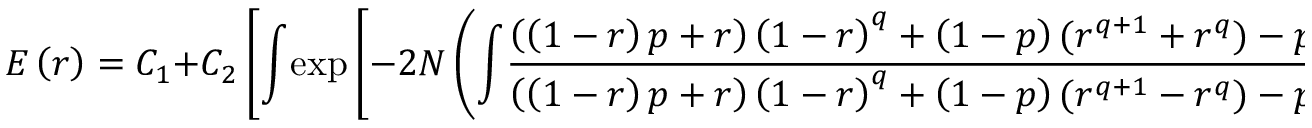
E \left( r \right) = C _ { 1 } + C _ { 2 } \left[ { \int } { \exp } \left[ { - 2 N \left( { \int } \frac { \left( \left( 1 - r \right) p + r \right) \left( 1 - r \right) ^ { q } + \left( 1 - p \right) ( r ^ { q + 1 } + r ^ { q } ) - p \left( 1 - r \right) } { \left( \left( 1 - r \right) p + r \right) \left( 1 - r \right) ^ { q } + \left( 1 - p \right) ( r ^ { q + 1 } - r ^ { q } ) - p \left( 1 - r \right) } \mathrm { d } r \right) } \right] \mathrm { d } r \right] ,